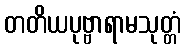
တတိယပုဗ္ဗာရာမသုတ္တံ